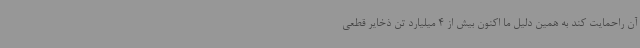
آن راحمایت کند به همین دلیل ما اکنون بیش از 4 میلیارد تن ذخایر قطعی